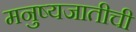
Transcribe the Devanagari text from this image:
मनुष्यजातीची